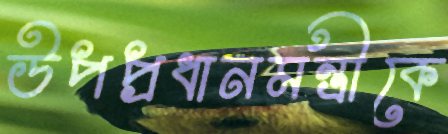
উপপ্রধানমন্ত্রীকে